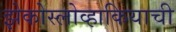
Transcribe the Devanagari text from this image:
झेकोस्लोव्हाकियाची